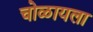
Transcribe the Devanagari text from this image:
चोळायला